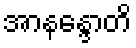
အာနန္ဒောတိ